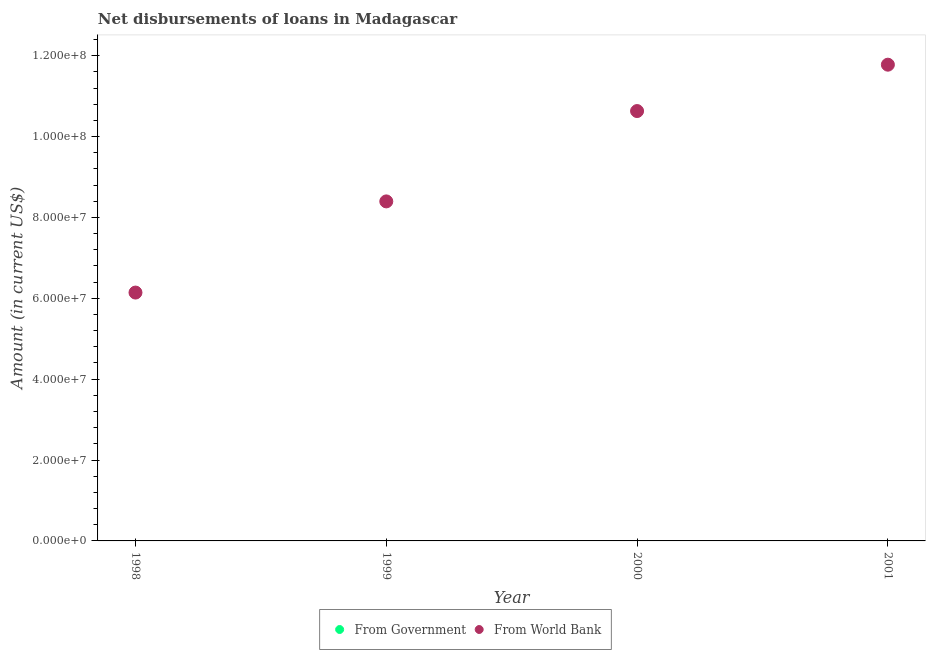
| Year | From Government | From World Bank |
 | --- | --- | --- |
 | 1998 | -1.64e+07 | 6.14e+07 |
 | 1999 | -1.86e+07 | 8.4e+07 |
 | 2000 | -2.96e+07 | 1.06e+08 |
 | 2001 | -8e+06 | 1.18e+08 |